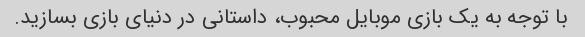
با توجه به یک بازی موبایل محبوب، داستانی در دنیای بازی بسازید.